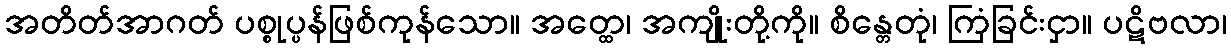
အတိတ်အာဂတ် ပစ္စုပ္ပန်ဖြစ်ကုန်သော။ အတ္ထေ၊ အကျိုးတို့ကို။ စိန္တေတုံ၊ ကြံခြင်းငှာ။ ပဋိဗလာ၊